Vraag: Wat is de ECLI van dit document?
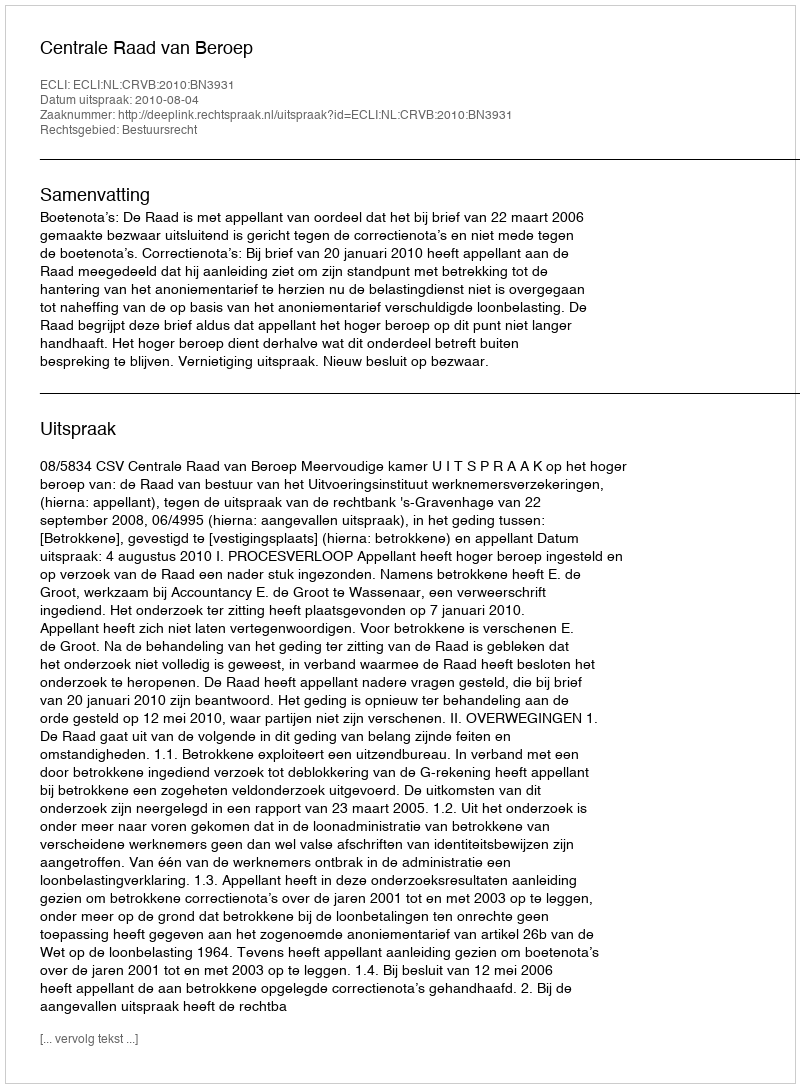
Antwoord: ECLI:NL:CRVB:2010:BN3931